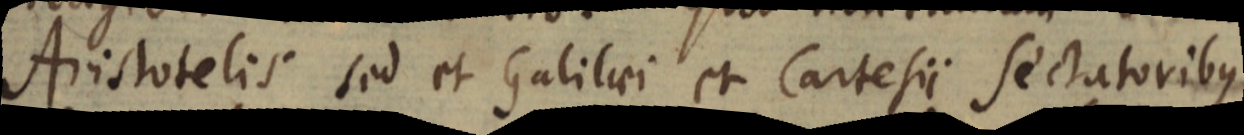
Aristotelis sed et Galilaei et Cartesii sectatoribus